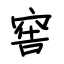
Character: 窖